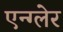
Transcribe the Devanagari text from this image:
एन्ग्लेर